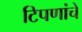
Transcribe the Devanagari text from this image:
टिपणांचे